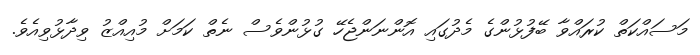
މަސައްކަތް ކުރައްވާ ބޭފުޅުންގެ މެދުގައި އޮންނަންޖެހޭ ގުޅުންވެސް ނެތް ކަމަށް މުއިއްޒު ވިދާޅުވިއެވެ.